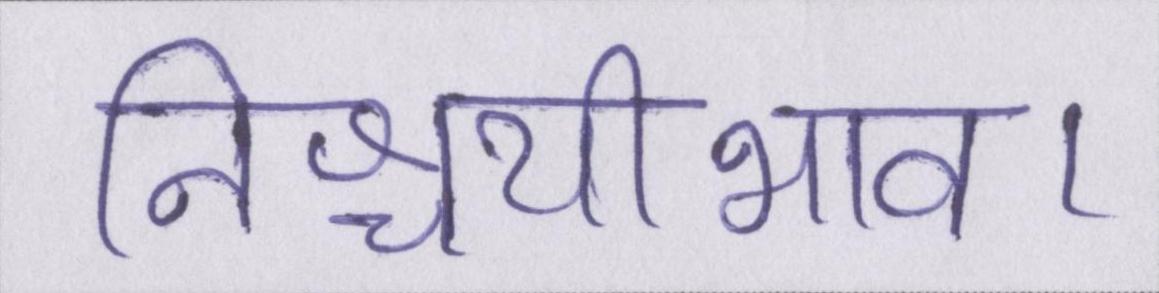
निश्चयीभाव।